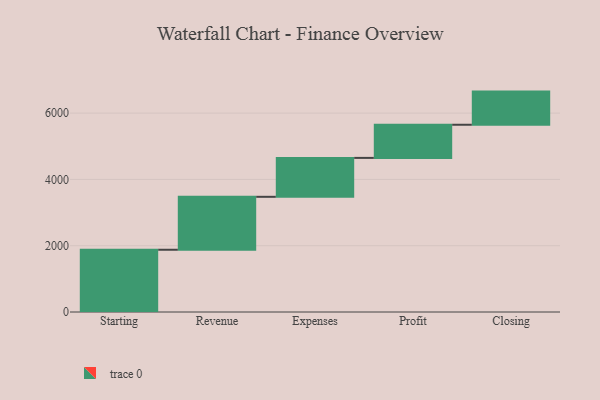
{"axis": {"x": "Step", "y": "Value"}, "legend": [""], "data": [{"x": "Starting", "y": 1878.0, "type": ""}, {"x": "Revenue", "y": 1597.0, "type": ""}, {"x": "Expenses", "y": 1174.0, "type": ""}, {"x": "Profit", "y": 1000, "type": ""}, {"x": "Closing", "y": 1000, "type": ""}]}